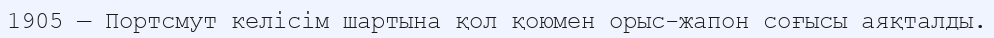
1905 — Портсмут келісім шартына қол қоюмен орыс-жапон соғысы аяқталды.